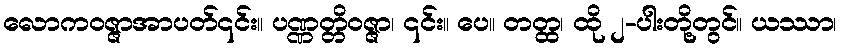
လောကဝဇ္ဇာအာပတ်၎င်း။ ပဏ္ဏတ္တိဝဇ္ဇာ၊ ၎င်း။ ပေ။ တတ္ထ၊ ထို ၂-ပါးတို့တွင်။ ယဿာ၊